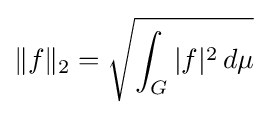
\|f\|_{2}={\sqrt {\int _{G}|f|^{2}\,d\mu }}